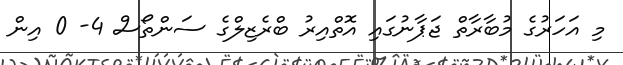
މި އަހަރުގެ މުބާރާތް ޖަޕާނުގައި އޮތްއިރު ބްރެޒިލްގެ ސަންތޯސް 4- 0 އިން